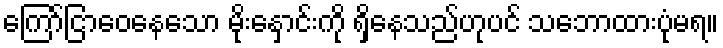
ကြော်ငြာဝေနေသော မိုးနှောင်းကို ရှိနေသည်ဟုပင် သဘောထားပုံမရ။